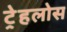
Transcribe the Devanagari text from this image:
ट्रेहलोस